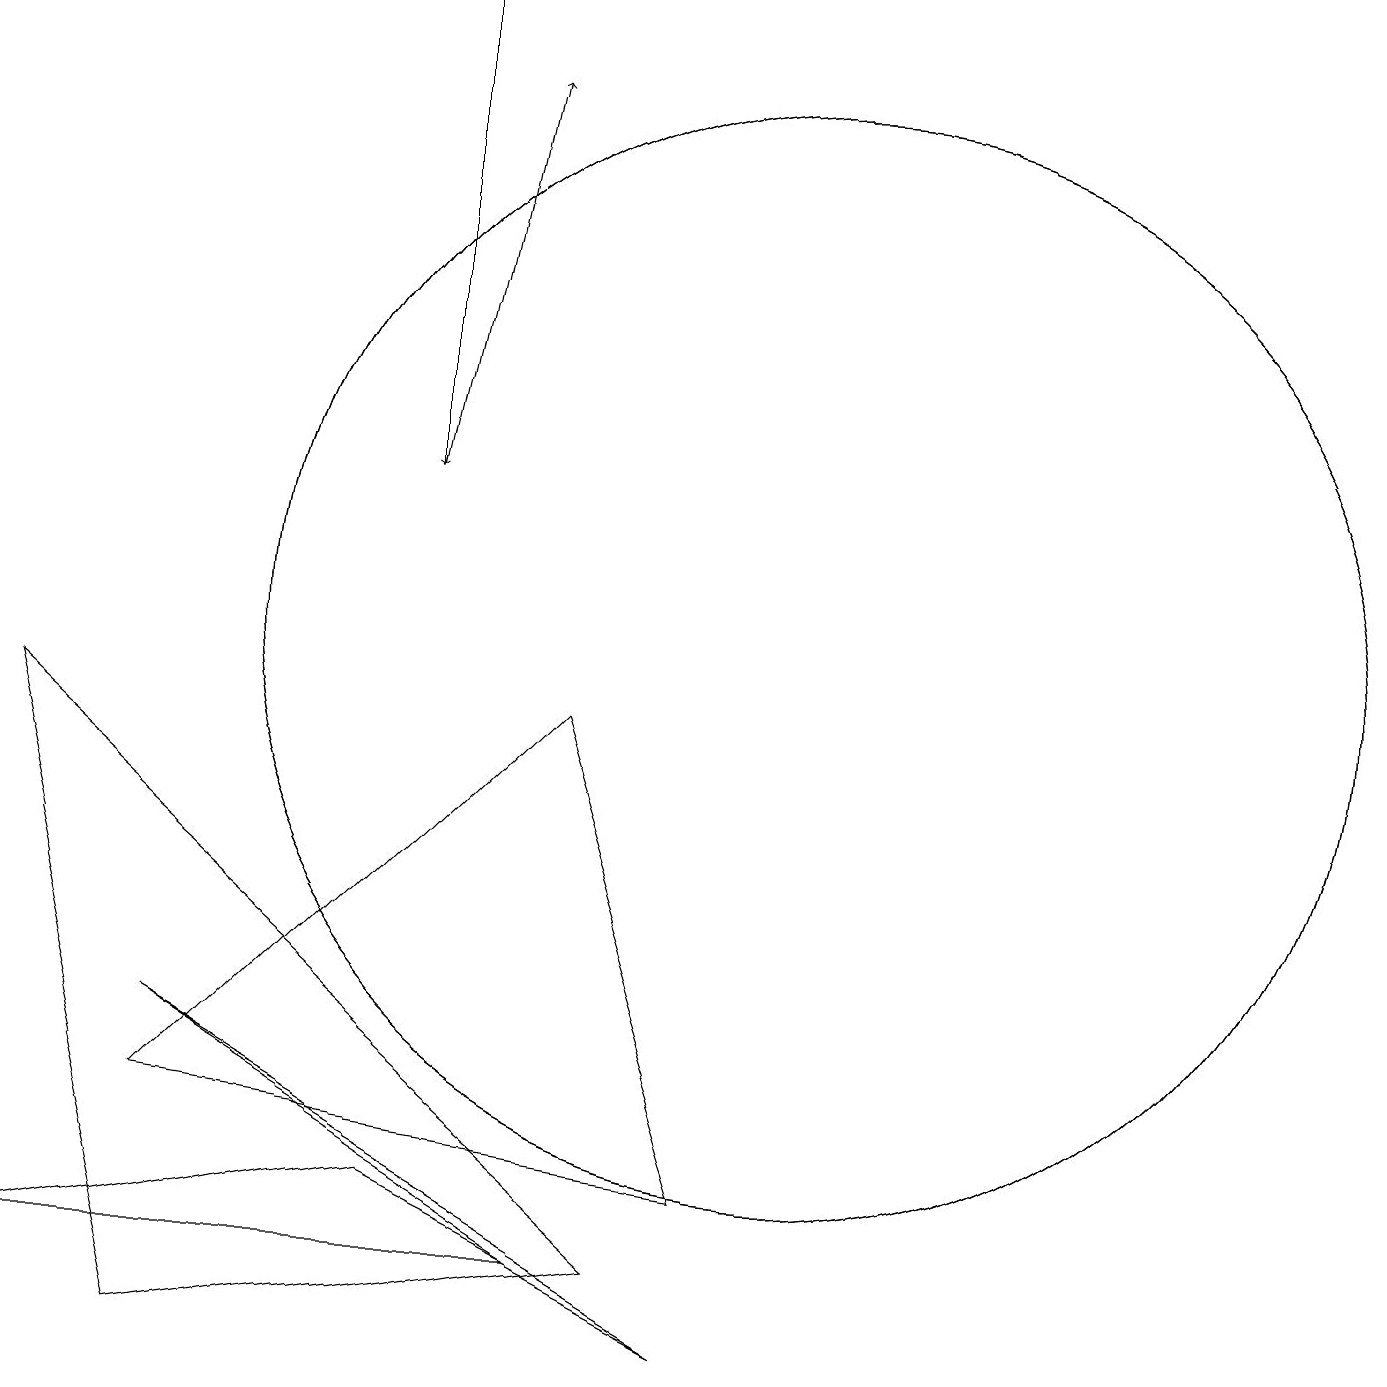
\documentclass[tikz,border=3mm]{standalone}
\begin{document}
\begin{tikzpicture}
\draw (10,10) circle (7);
\draw (0,9) -- (8,2) -- (2,1) -- cycle;
\draw (7,2) -- (5,3) -- (0,2) -- cycle;
\draw[->] (5,12) -- (6,17);
\draw[->] (5,18) -- (5,12);
\draw (10,10) circle (7);
\draw (9,3) -- (2,4) -- (7,9) -- cycle;
\draw (9,1) -- (7,2) -- (2,5) -- cycle;
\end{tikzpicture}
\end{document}